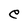
Character: e